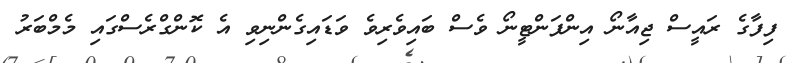
ފިފާގެ ރައީސް ޖިއާނޯ އިންފަންޓީނޯ ވެސް ބައިވެރިވެ ވަޑައިގެންނިވި އެ ކޮންގްރެސްގައި މެމްބަރު